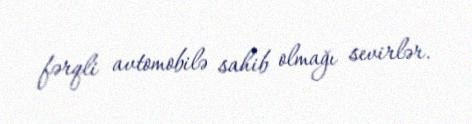
fərqli avtomobilə sahib olmağı sevirlər.